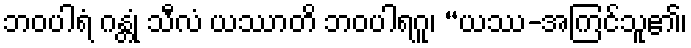
ဘဝပါရံ ဂန္တုံ သီလံ ယဿာတိ ဘဝပါရဂူ၊ “ယဿ-အကြင်သူ၏၊